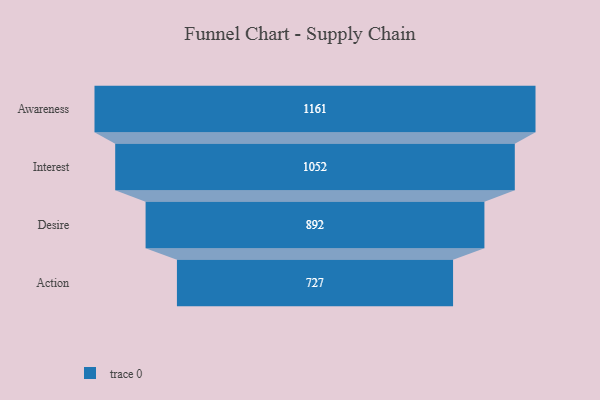
{"axis": {"x": "Stage", "y": "Value"}, "legend": [""], "data": [{"x": "Awareness", "y": 1161.0, "type": ""}, {"x": "Interest", "y": 1052.0, "type": ""}, {"x": "Desire", "y": 892.0, "type": ""}, {"x": "Action", "y": 727.0, "type": ""}]}